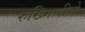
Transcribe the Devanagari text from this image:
रुख्मिणीचे